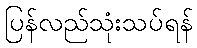
ပြန်လည်သုံးသပ်ရန်